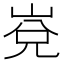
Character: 𱛯